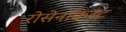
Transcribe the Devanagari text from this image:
रोसेनक्विस्ट